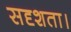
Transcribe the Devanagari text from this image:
सदृशता।